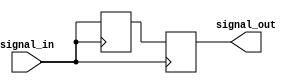
module transmission_gate_delay (
    input signal_in,
    output reg signal_out
);

reg signal_delayed;

// Transmission gate delay logic
always @(posedge signal_in) begin
    signal_delayed <= signal_in;
    #10; // Adjust delay here as needed
    signal_out <= signal_delayed;
end

endmodule